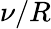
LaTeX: \nu/R